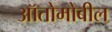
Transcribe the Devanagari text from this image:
ऑतोमोबील